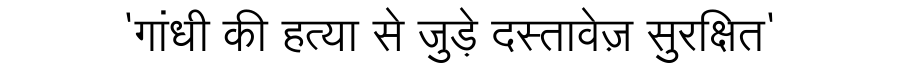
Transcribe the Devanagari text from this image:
'गांधी की हत्या से जुड़े दस्तावेज़ सुरक्षित'